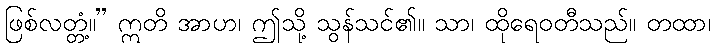
ဖြစ်လတ္တံ့။” ဣတိ အာဟ၊ ဤသို့ သွန်သင်၏။ သာ၊ ထိုရေဝတီသည်။ တထာ၊